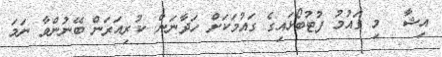
އިޝާ  މި ގައުމު ފުޓުބޯޅައިގެ ގައުމަކަށް ހަދާނަން. ކުރިއަރަން ބޭނުންވާ ނަމަ